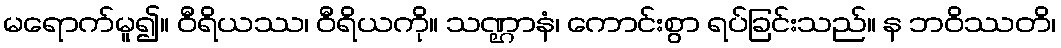
မရောက်မူ၍။ ဝီရိယဿ၊ ဝီရိယကို။ သဏ္ဌာနံ၊ ကောင်းစွာ ရပ်ခြင်းသည်။ န ဘဝိဿတိ၊